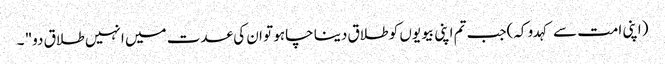
(اپنی امت سے کہدو کہ)جب تم اپنی بیویوں کو طلاق دینا چاہو تو ان کی عدت میں انہیں طلاق دو" ۔